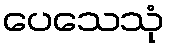
ပေသေသုံ